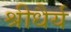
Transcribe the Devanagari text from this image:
श्रीधैर्य